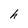
Character: h